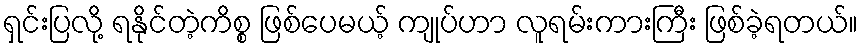
ရှင်းပြလို့ ရနိုင်တဲ့ကိစ္စ ဖြစ်ပေမယ့် ကျုပ်ဟာ လူရမ်းကားကြီး ဖြစ်ခဲ့ရတယ်။